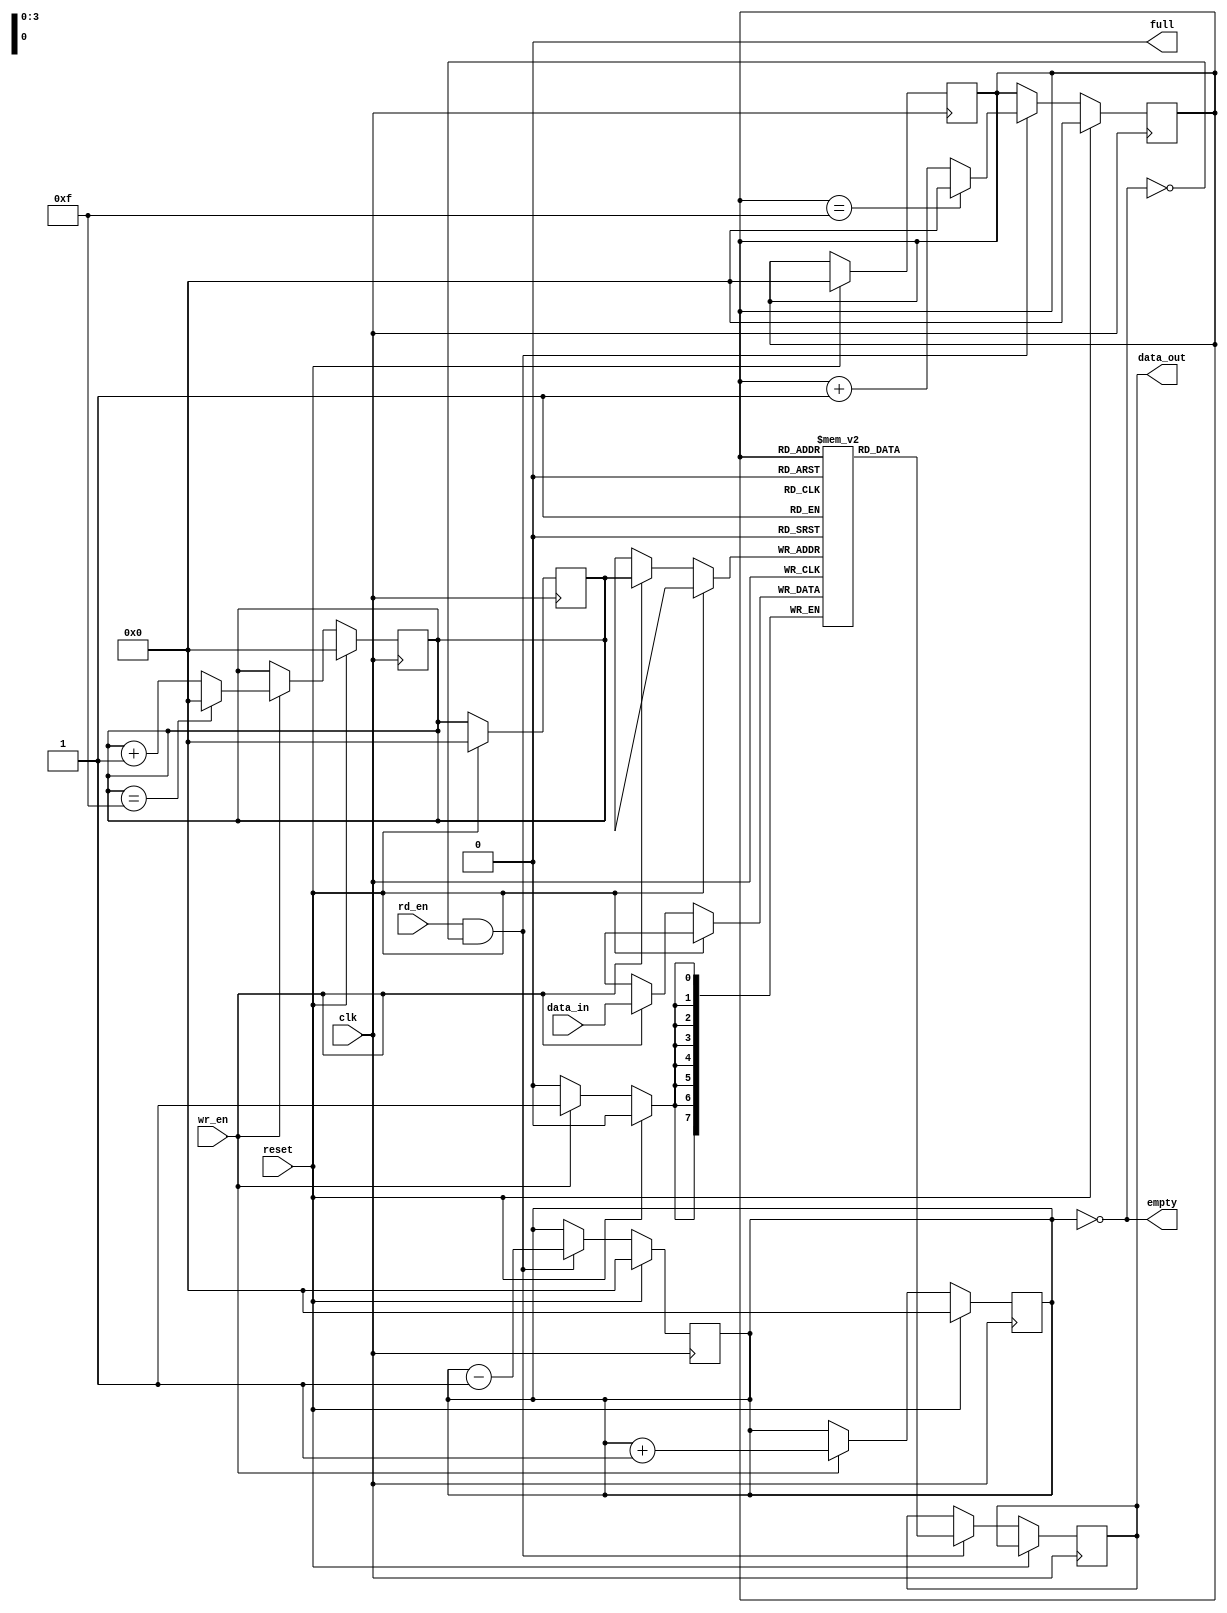
module synchronous_fifo (
  input wire clk,
  input wire reset,
  input wire wr_en,
  input wire rd_en,
  input wire [DATA_WIDTH-1:0] data_in,
  output reg [DATA_WIDTH-1:0] data_out,
  output reg full,
  output reg empty
);

parameter DEPTH = 16; // Depth of the FIFO
parameter DATA_WIDTH = 8; // Width of the data elements
parameter ADDR_WIDTH = $clog2(DEPTH); // Address width for the FIFO

reg [DATA_WIDTH-1:0] fifo [0:DEPTH-1]; // FIFO memory
reg [ADDR_WIDTH-1:0] wr_ptr = 0; // Write pointer
reg [ADDR_WIDTH-1:0] rd_ptr = 0; // Read pointer
reg [ADDR_WIDTH-1:0] count = 0; // Number of elements in the FIFO

// Full and empty flag logic
assign full = (count == DEPTH);
assign empty = (count == 0);

// Write logic
always @(posedge clk) begin
  if (reset) begin
    wr_ptr <= 0;
    rd_ptr <= 0;
    count <= 0;
  end else begin
    if (wr_en && !full) begin
      fifo[wr_ptr] <= data_in;
      wr_ptr <= (wr_ptr == DEPTH-1) ? 0 : wr_ptr + 1;
      count <= count + 1;
    end
  end
end

// Read logic
always @(posedge clk) begin
  if (reset) begin
    wr_ptr <= 0;
    rd_ptr <= 0;
    count <= 0;
  end else begin
    if (rd_en && !empty) begin
      data_out <= fifo[rd_ptr];
      rd_ptr <= (rd_ptr == DEPTH-1) ? 0 : rd_ptr + 1;
      count <= count - 1;
    end
  end
end

endmodule